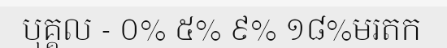
បុគ្គល - ០% ៥% ៩% ១៨%មរតក